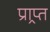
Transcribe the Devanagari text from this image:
प्राप्र्त